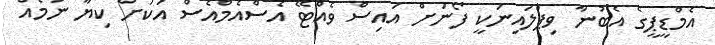
އެމްޑީޕީގެ އެބުނާ ވިޕްލައިނަކީ ފޯނަށް އައިސް ވެއްޓޭ އެސްއެމްއެސް އަކަށް ކިޔާ ނަމެއް